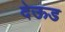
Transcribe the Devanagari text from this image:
देऊड